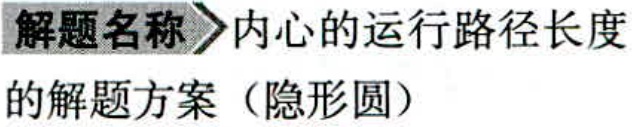
解题名称\rightarrow内心的运行路径长度的解题方案（隐形圆）